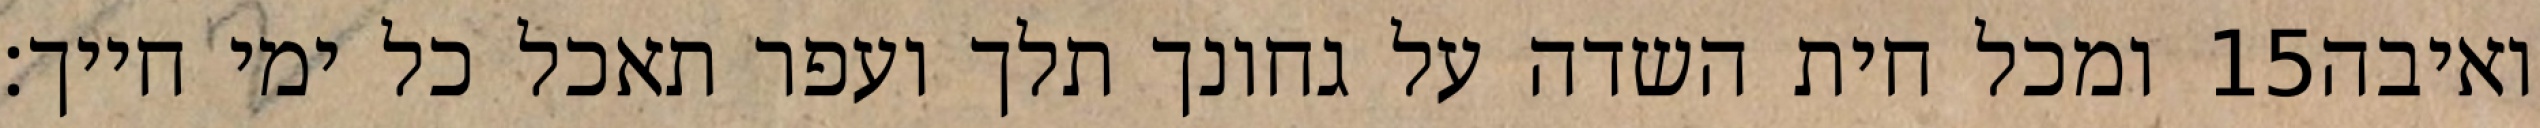
ומכל חית השדה על גחונך תלך ועפר תאכל כל ימי חייך׃ ‎15‏ ואיבה